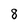
Character: 8